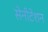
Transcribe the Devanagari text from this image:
सेनीटेशन